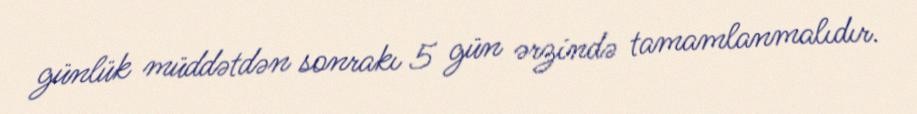
günlük müddətdən sonrakı 5 gün ərzində tamamlanmalıdır.